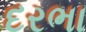
દરભા